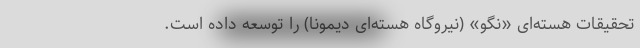
تحقیقات هسته‌ای «نِگو» (نیروگاه هسته‌ای دیمونا) را توسعه داده است.